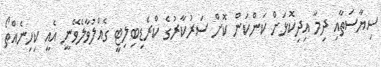
ސިޔާސަތާއި ދިމާ އިދިކޮޅަށް ކަންކަން ކޮށް ސަރުކާރުގެ ކްރެޑިބިލިޓީ ގެއްލުވާލެވޭނީ އެއީ ކިހިނެއްތޯ